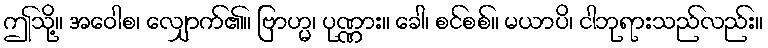
ဤသို့။ အဝေါစ၊ လျှောက်၏။ ဗြာဟ္မ၊ ပုဏ္ဏား။ ခေါ၊ စင်စစ်။ မယာပိ၊ ငါဘုရားသည်လည်း။